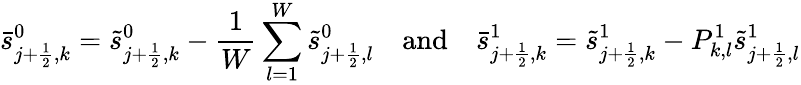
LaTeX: \bar{s}_{j+\frac{1}{2},k}^{0}=\tilde{s}_{j+\frac{1}{2},k}^{0}-\frac{1}{W}\sum_{l=1}^{W}\tilde{s}_{j+\frac{1}{2},l}^{0}\quad\mathrm{and}\quad\bar{s}_{j+\frac{1}{2},k}^{1}=\tilde{s}_{j+\frac{1}{2},k}^{1}-P_{k,l}^{1}\tilde{s}_{j+\frac{1}{2},l}^{1}